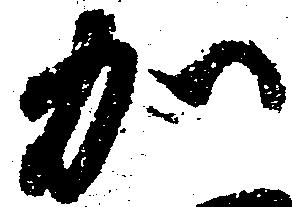
加